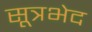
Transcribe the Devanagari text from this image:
सूत्रभेद